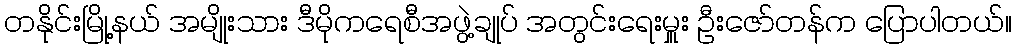
တနိုင်းမြို့နယ် အမျိုးသား ဒီမိုကရေစီအဖွဲ့ချုပ် အတွင်းရေးမှူး ဦးဇော်တန်က ပြောပါတယ်။